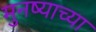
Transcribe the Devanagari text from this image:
मुनष्याच्या